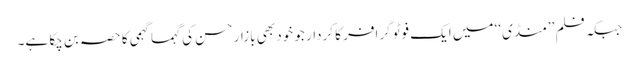
جبکہ فلم ’’منڈی‘‘ میں ایک فوٹو گرافر کا کردار جو خود بھی بازار حسن کی گہما گہمی کا حصہ بن چکا ہے۔